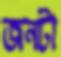
জনটা